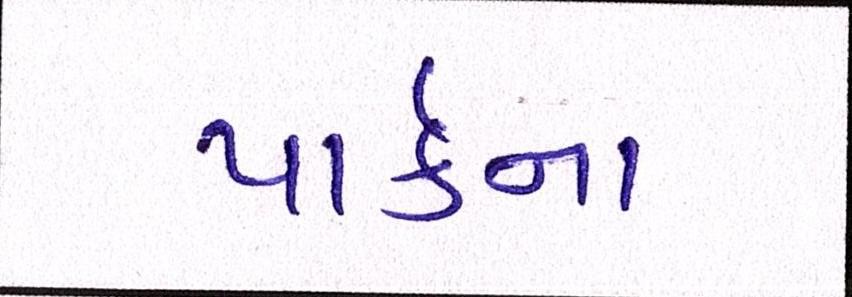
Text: પાર્કના